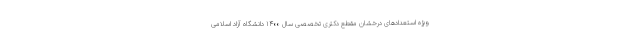
ویژه استعدادهای درخشان مقطع دکتری تخصصی سال ۱۴۰۰ دانشگاه آزاد اسلامی